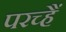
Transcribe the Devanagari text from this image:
परच्हैं